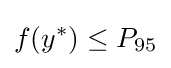
f(y^{*})\leq P_{95}